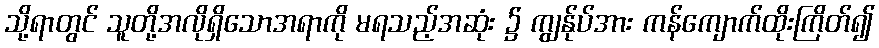
သို့ရာတွင် သူတို့အလိုရှိသောအရာကို မရသည့်အဆုံး ၌ ကျွန်ုပ်အား ကန်ကျောက်ထိုးကြိတ်၍